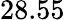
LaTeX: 28.55